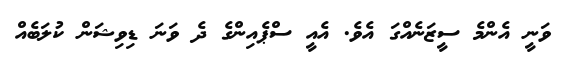
ވަނީ އެންމެ ސީޒަނެއްގަ އެވެ. އެއީ ސްޕެއިންގެ ދެ ވަނަ ޑިވިޝަން ކުލަބެއް